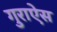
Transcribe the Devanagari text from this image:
गुराऐस